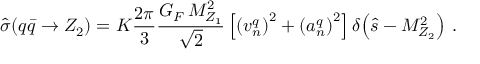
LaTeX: \hat { \sigma } ( q \bar { q } \to Z _ { 2 } ) = K { \frac { 2 \pi } { 3 } } { \frac { G _ { F } \, M _ { Z _ { 1 } } ^ { 2 } } { \sqrt 2 } } \left[ \left( v _ { n } ^ { q } \right) ^ { 2 } + \left( a _ { n } ^ { q } \right) ^ { 2 } \right] \delta \! \left( \hat { s } - M _ { Z _ { 2 } } ^ { 2 } \right) \, .